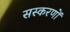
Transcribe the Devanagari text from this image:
सस्करणों